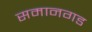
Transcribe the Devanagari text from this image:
समानगड